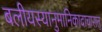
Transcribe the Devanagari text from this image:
बलीयस्यानुमानिकादाचारात्